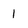
Character: 1